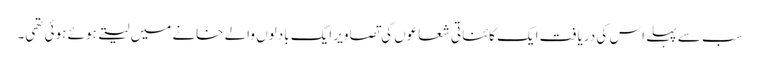
سب سے پہلے اس کی دریافت ایک کائناتی شعاعوں کی تصاویر ایک بادلوں والے خانے میں لیتے ہوئے ہوئی تھی۔